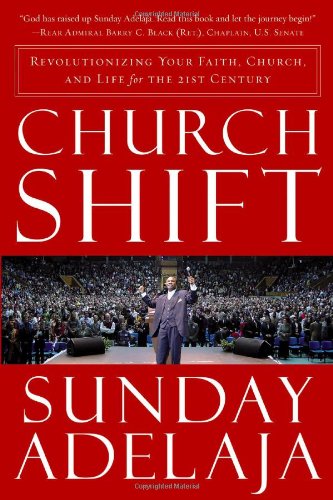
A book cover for Church Shift: Revolutionizing Your Faith, Church, and Life for the 21st Century; Sunday Adelaja; Christian Books & Bibles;